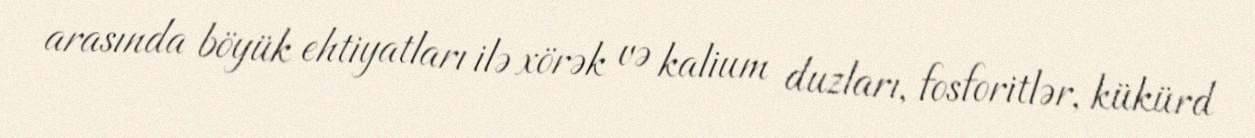
arasında böyük ehtiyatları ilə xörək və kalium duzları, fosforitlər, kükürd